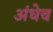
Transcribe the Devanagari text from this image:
अंधेच